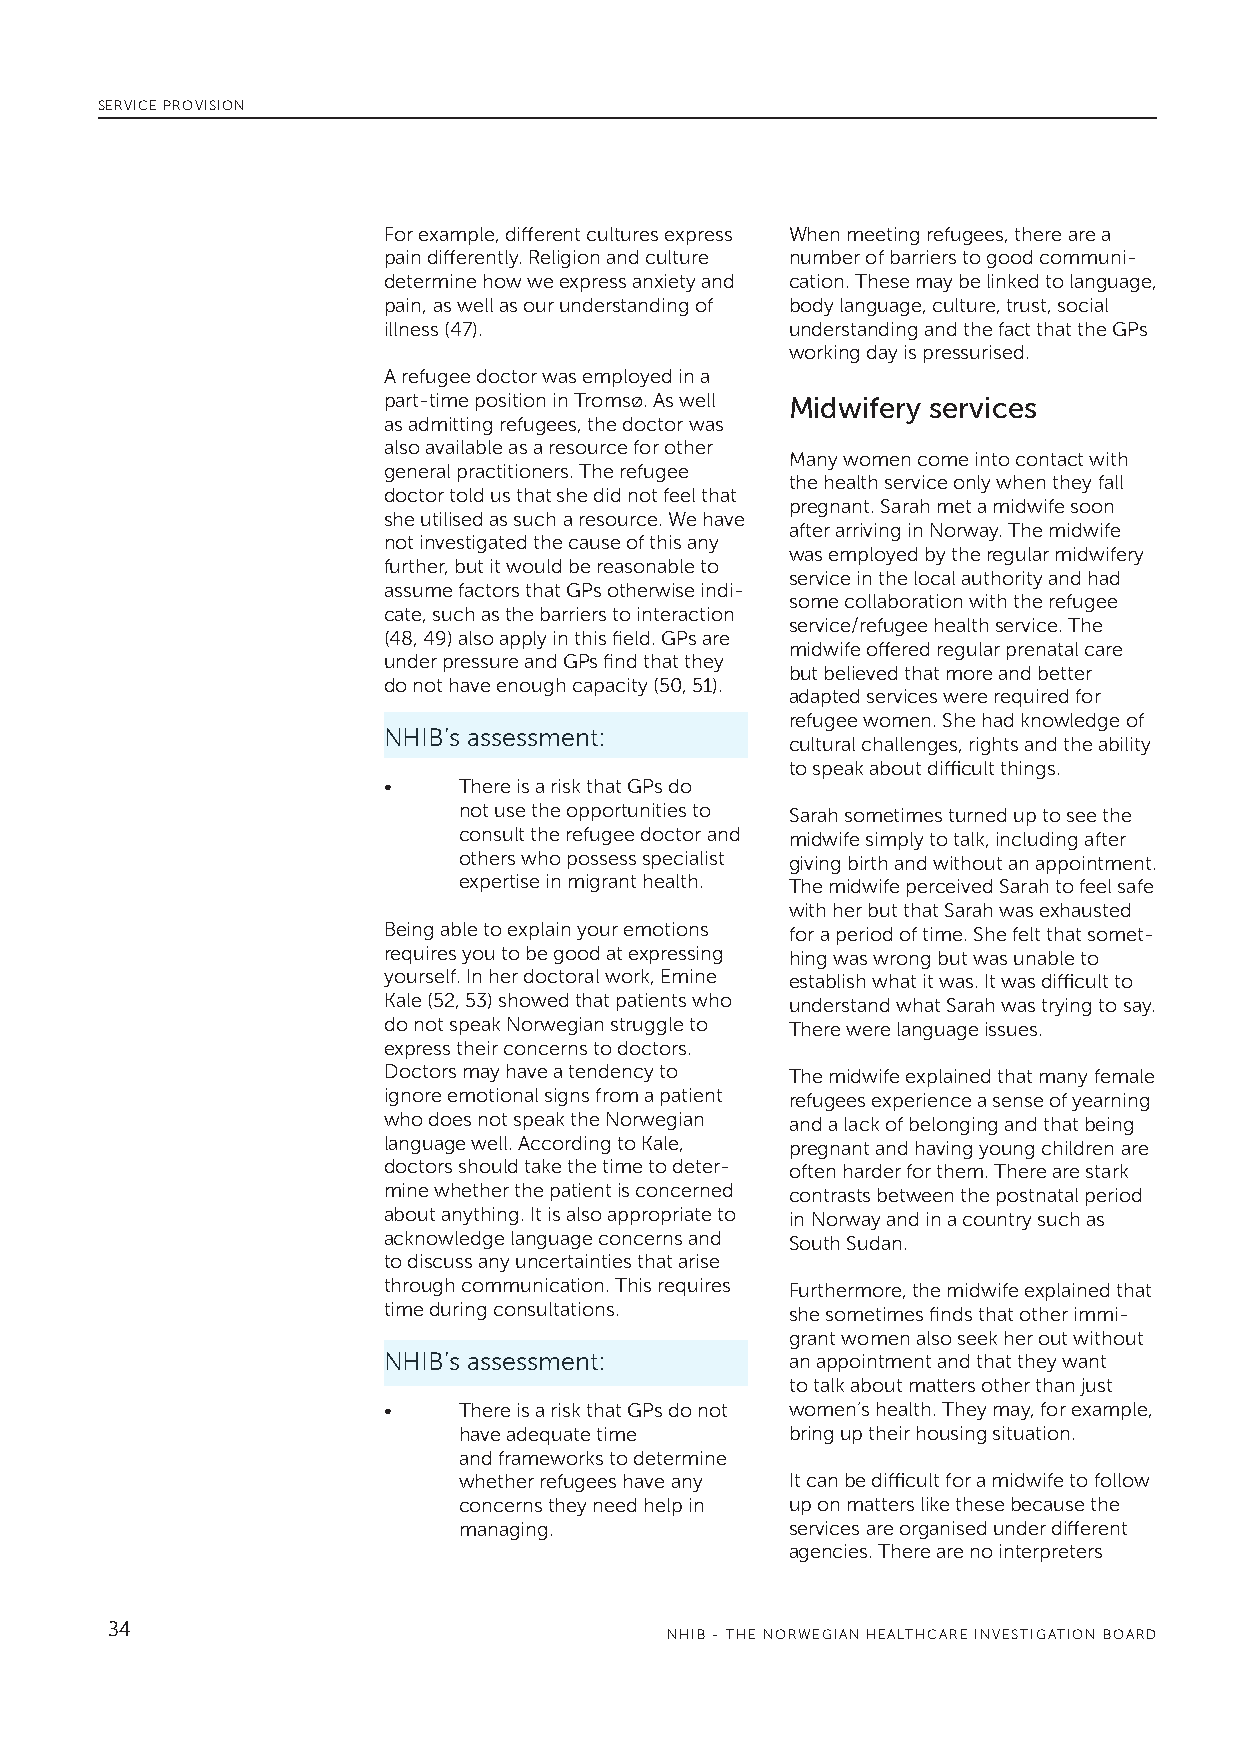
SERVICE PROVISION
 For example, different cultures express When meeting refugees, there are a
 pain differently. Religion and culture number of barriers to good communi-
 determine how we express anxiety and cation. These may be linked to language,
 pain, as well as our understanding of body language, culture, trust, social
 illness (47).              understanding and the fact that the GPs
 working day is pressurised.
 A refugee doctor was employed in a
 part-time position in Tromsø. As well Midwifery services
 as admitting refugees, the doctor was
 also available as a resource for other
 Many women come into contact with
 general practitioners. The refugee
 the health service only when they fall
 doctor told us that she did not feel that
 pregnant. Sarah met a midwife soon
 she utilised as such a resource. We have
 after arriving in Norway. The midwife
 not investigated the cause of this any
 was employed by the regular midwifery
 further, but it would be reasonable to
 service in the local authority and had
 assume factors that GPs otherwise indi-
 some collaboration with the refugee
 cate, such as the barriers to interaction
 service/refugee health service. The
 (48, 49) also apply in this field. GPs are
 midwife offered regular prenatal care
 under pressure and GPs find that they
 but believed that more and better
 do not have enough capacity (50, 51).
 adapted services were required for
 refugee women. She had knowledge of
 NHIB’s assessment:
 cultural challenges, rights and the ability
 to speak about difficult things.
 •    There is a risk that GPs do
 not use the opportunities to Sarah sometimes turned up to see the
 consult the refugee doctor and midwife simply to talk, including after
 others who possess specialist giving birth and without an appointment.
 expertise in migrant health. The midwife perceived Sarah to feel safe
 with her but that Sarah was exhausted
 Being able to explain your emotions for a period of time. She felt that somet-
 requires you to be good at expressing hing was wrong but was unable to
 yourself. In her doctoral work, Emine establish what it was. It was difficult to
 Kale (52, 53) showed that patients who understand what Sarah was trying to say.
 do not speak Norwegian struggle to There were language issues.
 express their concerns to doctors.
 Doctors may have a tendency to The midwife explained that many female
 ignore emotional signs from a patient refugees experience a sense of yearning
 who does not speak the Norwegian and a lack of belonging and that being
 language well. According to Kale, pregnant and having young children are
 doctors should take the time to deter- often harder for them. There are stark
 mine whether the patient is concerned contrasts between the postnatal period
 about anything. It is also appropriate to in Norway and in a country such as
 acknowledge language concerns and South Sudan.
 to discuss any uncertainties that arise
 through communication. This requires Furthermore, the midwife explained that
 time during consultations. she sometimes finds that other immi-
 grant women also seek her out without
 NHIB’s assessment:         an appointment and that they want
 to talk about matters other than just
 •    There is a risk that GPs do not women’s health. They may, for example,
 have adequate time    bring up their housing situation.
 and frameworks to determine
 whether refugees have any It can be difficult for a midwife to follow
 concerns they need help in up on matters like these because the
 managing.             services are organised under different
 agencies. There are no interpreters
 34
 NHIB - THE NORWEGIAN HEALTHCARE INVESTIGATION BOARD